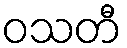
ဝသတီ